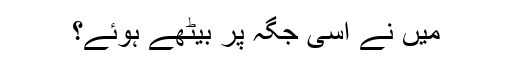
میں نے اسی جگہ پر بیٹھے ہوئے؟